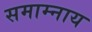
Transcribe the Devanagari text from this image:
समाम्नाय